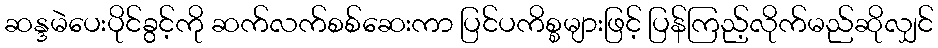
ဆန္ဒမဲပေးပိုင်ခွင့်ကို ဆက်လက်စစ်ဆေးကာ ပြင်ပကိစ္စများဖြင့် ပြန်ကြည့်လိုက်မည်ဆိုလျှင်